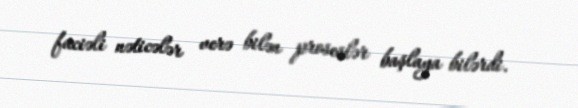
faciəli nəticələr verə bilən proseslər başlaya bilərdi.